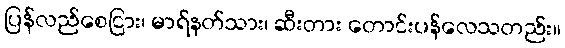
ပြန်လည်စေငြား၊ မာရ်နတ်သား၊ ဆီးတား တောင်းပန်လေသတည်း။